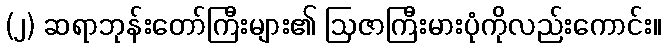
(၂) ဆရာဘုန်းတော်ကြီးများ၏ ဩဇာကြီးမားပုံကိုလည်းကောင်း။